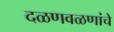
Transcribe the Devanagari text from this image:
दळणवळणांचे